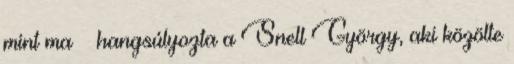
mint ma – hangsúlyozta a Snell György, aki közölte